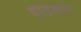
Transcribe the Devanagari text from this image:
षोडशार